Annual report on the Civil Veterinary Department, Burma (including the Insein Veterinary School) - 1932-1941
Year: 1932
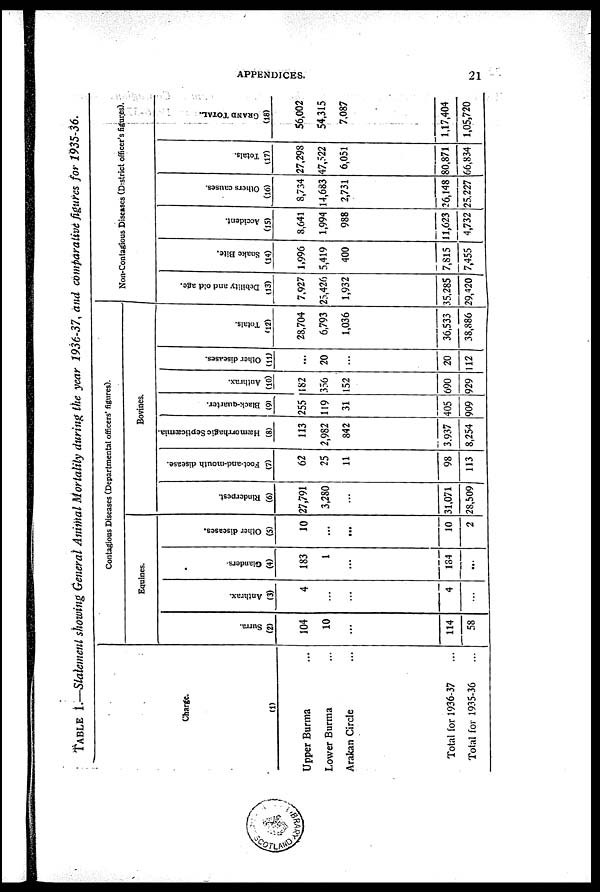
APPENDICES.
21
TABLE 1.—Statement showing General Animal Mortality during the year 1936-37, and comparative figures for 1935-36.
Charge.
(1)
Upper Burma ...
Lower Burma ...
Arakan Circle ...
Total for 1936-37 ...
Total for 1935-36 ...
Contagious Diseases (Departmental officers' figures).
Equines.
Surra.
(2)
104
10
...
114
58
Anthrax.
(3)
4
...
...
4
...
Glanders.
(4)
183
1
...
184
...
Other diseases.
(5)
10
...
...
10
2
Bovines.
Rinderpest.
(6)
27,791
3,280
...
31,071
28,509
Foot-and-mouth disease.
(7)
62
25
11
98
113 I
Hæmorrhagic Septicæmia.
(8)
113
2,982
842
3,937
8,254 I
Black-quarter.
(9)
255
119
31
405
909
Anthrax.
(10)
182
356
152
690
929
Other diseases.
(11)
...
20
...
20
112
Totals.
(12)
28,704
6,793
1,036
36,533
38,886
Non-Contagious Diseases (District officer's figures).
Debility and old age.
(13)
7,927
25,426
1,932
35,285
29,420
Snake Bite.
(14)
1,996
5,419
400
7,815
7,455
Accident.
(15)
8,641
1,994
988
11,623
4,732
Others causes.
(16)
8,734
14,683
2,731
26,148
25,227
Totals.
(17)
27,298
47,522
6,051
80,871
16,834
GRAND TOTAL.
(18)
56,002
54,315
7,087
1,17,404
1,05,720